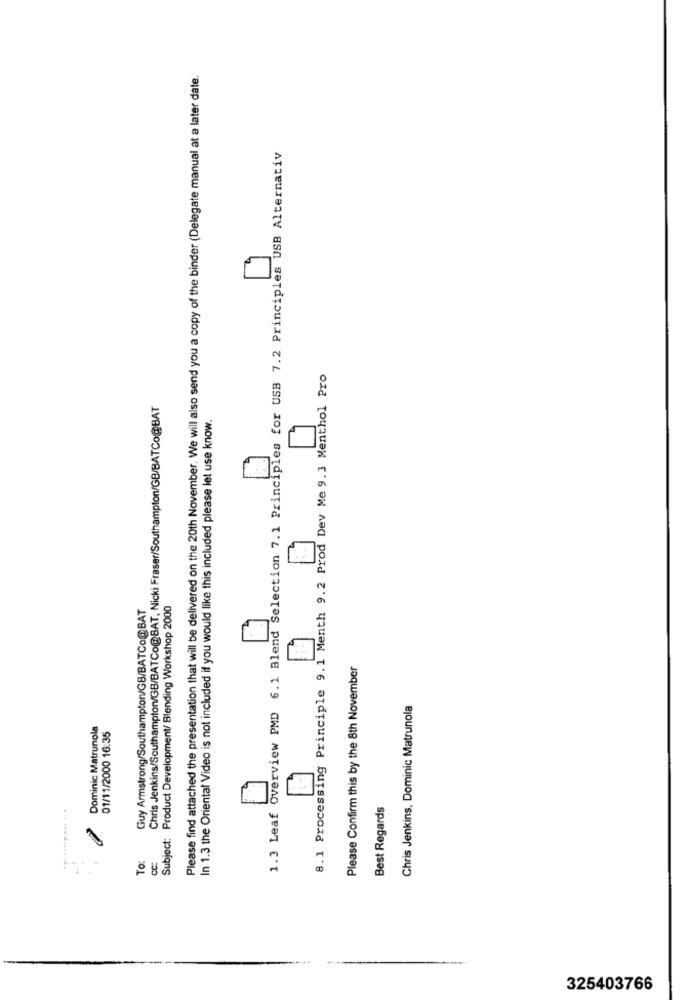
Please find attached the presentation that will be delivered on the 20th November. We will also send you a copy of the binder (Delegate manual at a later date.
1.3 Leaf Overview PMD 6.1 Blend Selection 7.1 Principles for USB 7.2 Principles USB Alternativ
8.1 Processing Principle 9.1 Menth 9.2 Prod Dev Me 9.3 Menthol Pro
Chris Jenkins/Southampton/GB/BATCo@BAT, Nicki Fraser/Southampton/GB/BATCo@BAT
In 1.3 the Oriental Video is not included if you would like this included please let use know.
Guy Armstrong/Southampton/GB/BATCo@BAT
Subject: Product Development/ Blending Workshop 2000
Please Confirm this by the 8th November
Chris Jenkins, Dominic Matrunola
Dominic Matrunola
01/11/2000 16:35
... ..... ... . .
Best Regards
To:
CC
....
325403766